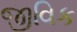
જીવિક